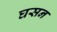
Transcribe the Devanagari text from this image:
घसन